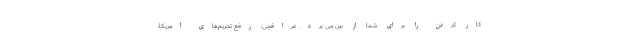
کار کردن را برای شما از بین می برد. عراقچی: رفع تحریم‌های‌ آمریکا،